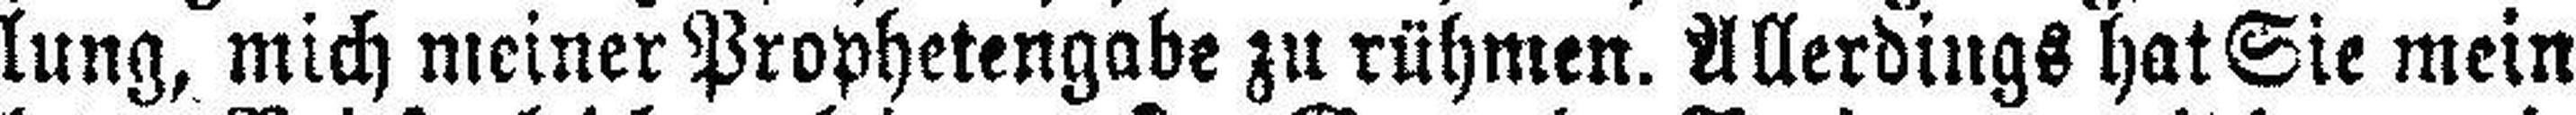
lung, mich meiner Prophetengabe zu rühmen. Allerdings hat Sie mein